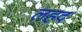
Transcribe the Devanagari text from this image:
लहद